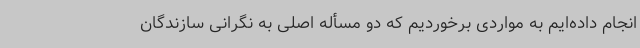
انجام داده‌ایم به مواردی برخوردیم که دو مسأله اصلی به نگرانی سازندگان